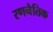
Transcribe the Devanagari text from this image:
रणनैतिक